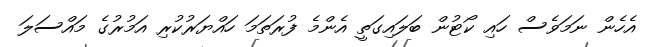
އެހެން ނަމަވެސް ހައި ކޯޓުން ބަލައިގަތީ އެންމެ ފުރަތަމަ ހައްޔަރުކުރި އަމުރުގެ މައްސަލަ